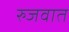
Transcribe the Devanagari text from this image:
रुजवात